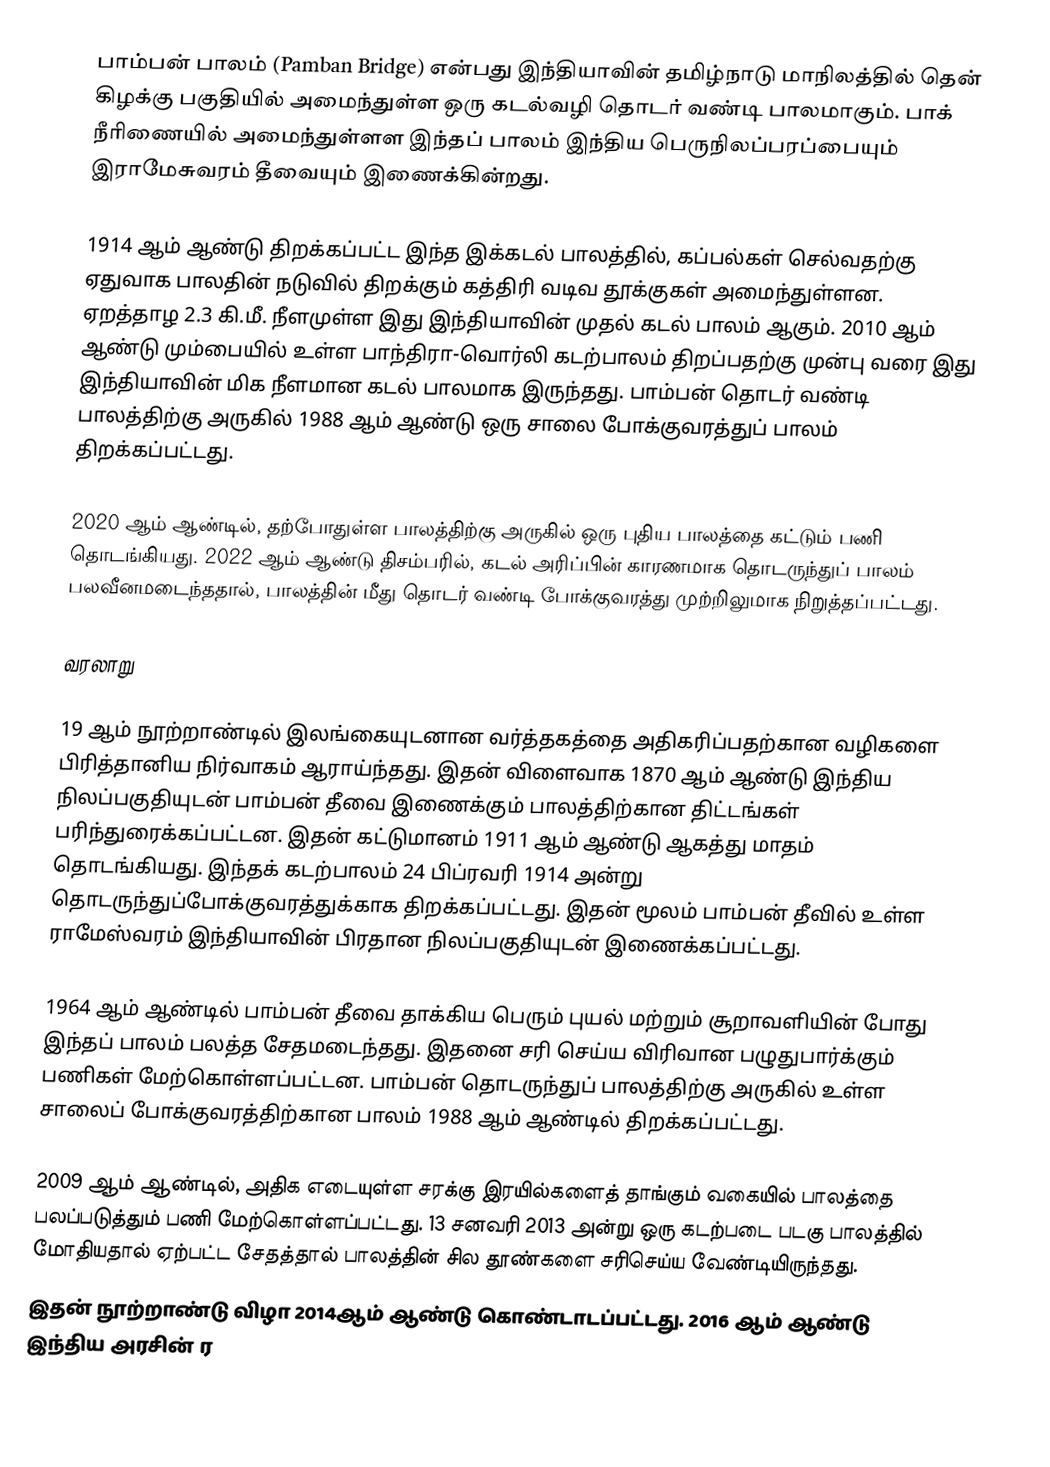
பாம்பன் பாலம் (Pamban Bridge) என்பது இந்தியாவின் தமிழ்நாடு மாநிலத்தில் தென் கிழக்கு பகுதியில் அமைந்துள்ள ஒரு கடல்வழி தொடர் வண்டி பாலமாகும். பாக் நீரிணையில் அமைந்துள்ளள இந்தப் பாலம் இந்திய பெருநிலப்பரப்பையும் இராமேசுவரம் தீவையும் இணைக்கின்றது.

1914 ஆம் ஆண்டு திறக்கப்பட்ட இந்த இக்கடல் பாலத்தில், கப்பல்கள் செல்வதற்கு ஏதுவாக பாலதின் நடுவில் திறக்கும் கத்திரி வடிவ தூக்குகள் அமைந்துள்ளன. ஏறத்தாழ 2.3 கி.மீ. நீளமுள்ள இது இந்தியாவின் முதல் கடல் பாலம் ஆகும். 2010  ஆம் ஆண்டு மும்பையில் உள்ள பாந்திரா-வொர்லி கடற்பாலம் திறப்பதற்கு முன்பு வரை இது இந்தியாவின் மிக நீளமான கடல் பாலமாக இருந்தது. பாம்பன் தொடர் வண்டி பாலத்திற்கு அருகில் 1988 ஆம் ஆண்டு ஒரு சாலை போக்குவரத்துப் பாலம் திறக்கப்பட்டது.

2020 ஆம் ஆண்டில், தற்போதுள்ள பாலத்திற்கு அருகில் ஒரு புதிய பாலத்தை கட்டும் பணி தொடங்கியது. 2022 ஆம் ஆண்டு திசம்பரில், கடல் அரிப்பின் காரணமாக தொடருந்துப் பாலம் பலவீனமடைந்ததால், பாலத்தின் மீது தொடர் வண்டி போக்குவரத்து முற்றிலுமாக நிறுத்தப்பட்டது.

வரலாறு

19 ஆம் நூற்றாண்டில் இலங்கையுடனான வர்த்தகத்தை அதிகரிப்பதற்கான வழிகளை பிரித்தானிய நிர்வாகம் ஆராய்ந்தது. இதன் விளைவாக 1870 ஆம் ஆண்டு இந்திய நிலப்பகுதியுடன் பாம்பன் தீவை இணைக்கும் பாலத்திற்கான திட்டங்கள் பரிந்துரைக்கப்பட்டன. இதன் கட்டுமானம் 1911 ஆம் ஆண்டு ஆகத்து மாதம் தொடங்கியது. இந்தக் கடற்பாலம் 24 பிப்ரவரி 1914 அன்று தொடருந்துப்போக்குவரத்துக்காக திறக்கப்பட்டது. இதன் மூலம் பாம்பன் தீவில் உள்ள ராமேஸ்வரம் இந்தியாவின் பிரதான நிலப்பகுதியுடன் இணைக்கப்பட்டது.

1964 ஆம் ஆண்டில் பாம்பன் தீவை தாக்கிய பெரும் புயல் மற்றும் சூறாவளியின் போது இந்தப் பாலம் பலத்த சேதமடைந்தது. இதனை சரி செய்ய விரிவான பழுதுபார்க்கும் பணிகள் மேற்கொள்ளப்பட்டன. பாம்பன் தொடருந்துப் பாலத்திற்கு அருகில் உள்ள சாலைப் போக்குவரத்திற்கான பாலம் 1988 ஆம் ஆண்டில் திறக்கப்பட்டது.

2009 ஆம் ஆண்டில், அதிக எடையுள்ள சரக்கு இரயில்களைத் தாங்கும் வகையில் பாலத்தை பலப்படுத்தும் பணி மேற்கொள்ளப்பட்டது. 13  சனவரி 2013 அன்று ஒரு கடற்படை படகு பாலத்தில் மோதியதால் ஏற்பட்ட சேதத்தால் பாலத்தின் சில தூண்களை சரிசெய்ய வேண்டியிருந்தது.
இதன் நூற்றாண்டு விழா 2014ஆம் ஆண்டு கொண்டாடப்பட்டது. 2016 ஆம் ஆண்டு இந்திய அரசின் ர